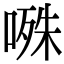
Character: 𭉝